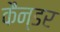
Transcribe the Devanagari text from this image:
कैन्डर